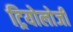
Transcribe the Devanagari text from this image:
ट्रियोलोजी